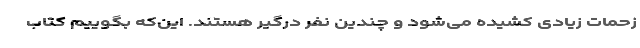
زحمات زیادی کشیده می‌شود و چندین نفر درگیر هستند. این‌که بگوییم کتاب